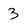
Character: 3